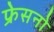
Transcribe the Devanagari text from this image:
फ्रेसनो